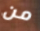
من